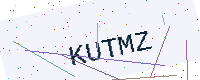
Text: KUTMZ